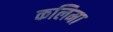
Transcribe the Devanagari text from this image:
कलिमा